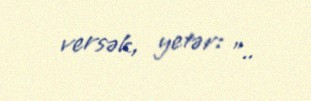
versək, yetər: "..